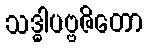
သဒ္ဓါပဗ္ဗဇိတော